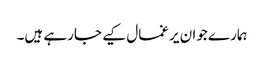
ہمارے جوان یرغمال کیے جارہے ہیں۔